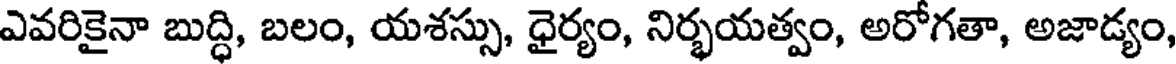
ఎవరికైనా బుద్ధి, బలం, యశస్సు, ధైర్యం, నిర్భయత్వం, అరోగతా, అజాడ్యం,